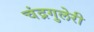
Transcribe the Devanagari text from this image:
चंद्रगुलेरी